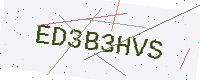
Text: ED3B3HVS